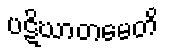
ပဋိဃာတမေတိ